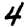
Digit: 4